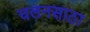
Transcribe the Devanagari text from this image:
चलनसाठा